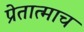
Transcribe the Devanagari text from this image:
प्रेतात्माच